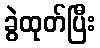
ခွဲထုတ်ပြီး